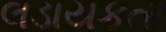
લડાયકતા